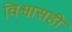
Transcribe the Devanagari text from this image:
विश्वासही